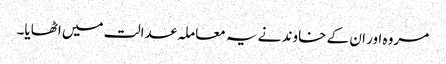
مروہ اور ان کے خاوند نے یہ معاملہ عدالت میں اٹھایا۔